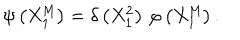
\psi \left( X _ { 1 } ^ { \mathrm { M } } \right) = \delta \left( X _ { 1 } ^ { 2 } \right) \, \varphi \left( X _ { 1 } ^ { \mathrm { M } } \right) .